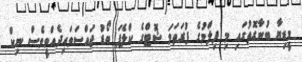
މީޑިޔާ ބުނާގޮތުގައި މި ފިލްމުގެ ފުރަތަމަ ޝޮޓްގެ ކްލެޕަ ބޯޑު ޖައްސަވައިދެއްވީވެސް ނިކް